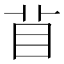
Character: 𥄕